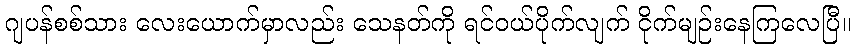
ဂျပန်စစ်သား လေးယောက်မှာလည်း သေနတ်ကို ရင်ဝယ်ပိုက်လျက် ငိုက်မျဉ်းနေကြလေပြီ။